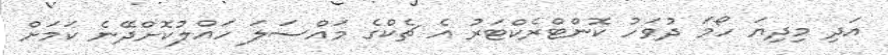
އަދި މިދިޔަ ހޯމަ ދުވަހު ކޮންޓްރެކްޓަރު އެ ޗެކްގެ މައްސަލަ ހައްލުކޮށްދޭނެ ކަމަށް